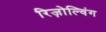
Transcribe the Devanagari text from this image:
रिज़ोल्विंग